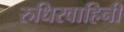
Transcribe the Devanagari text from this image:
रुधिरवाहिनी